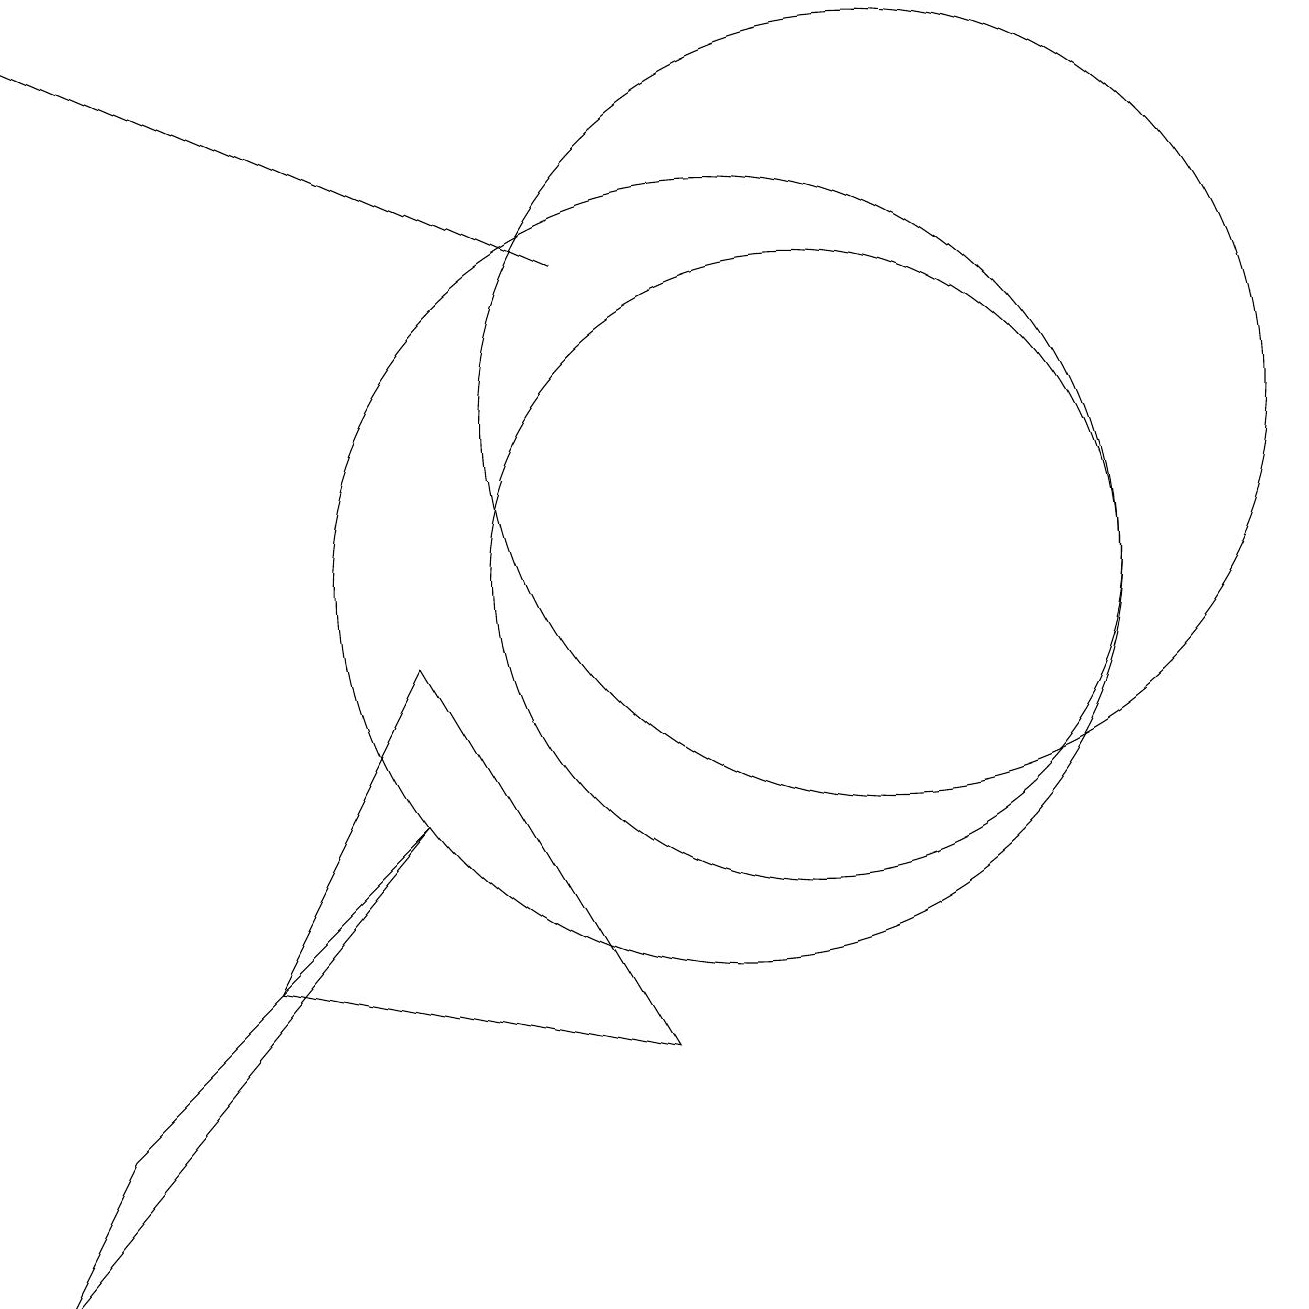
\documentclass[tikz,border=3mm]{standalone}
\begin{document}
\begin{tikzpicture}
\draw (2,3) -- (6,7) -- (1,1) -- cycle;
\draw[->] (8,14) -- (1,17);
\draw (12,12) circle (5);
\draw (6,9) -- (9,4) -- (4,5) -- cycle;
\draw (10,10) circle (5);
\draw (11,10) circle (4);
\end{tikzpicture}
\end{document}